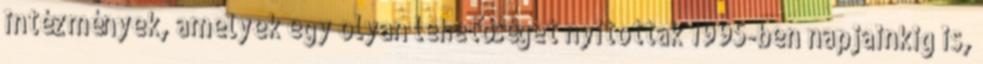
intézmények, amelyek egy olyan lehetőséget nyitottak 1995-ben napjainkig is,